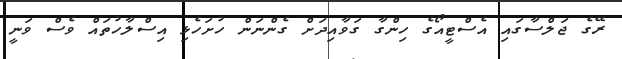
ރޭގެ ޖަލްސާގައި އެސްޓީއޯގެ ހިންގާ ގަވާއިދަށް ގެންނަން ހުށަހެޅި އިސްލާހުތައް ވެސް ވަނީ